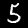
Label: 5